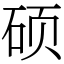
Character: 硕